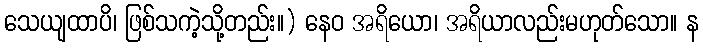
သေယျထာပိ၊ ဖြစ်သကဲ့သို့တည်း။) နေဝ အရိယော၊ အရိယာလည်းမဟုတ်သော။ န